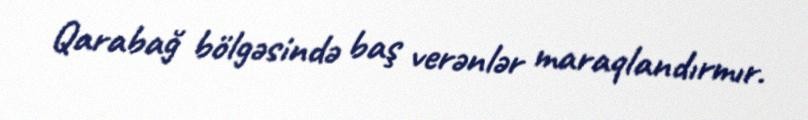
Qarabağ bölgəsində baş verənlər maraqlandırmır.